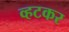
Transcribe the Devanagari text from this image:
व्हटकर